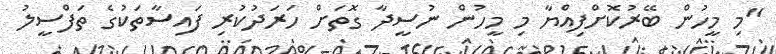
"މި މީހުން ބޭރުކޮށްފިއްޔާ މި މީހުން ނުސީދާ ގޮތަށް ހަރަދުކުރި ފައިސާތަކުގެ ތަފްސީލު